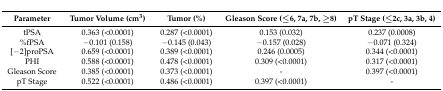
| Parameter | Tumor Volume (cm3) | Tumor (%) | Gleason Score (≤6, 7a, 7b, ≥8) | pT Stage (≤2c, 3a, 3b, 4) |
 | --- | --- | --- | --- | --- |
 | tPSA | 0.363 (<0.0001) | 0.287 (<0.0001) | 0.153 (0.032) | 0.237 (0.0008) |
 | %fPSA | −0.101 (0.158) | −0.145 (0.043) | −0.157 (0.028) | −0.071 (0.324) |
 | [−2]proPSA | 0.659 (<0.0001) | 0.389 (<0.0001) | 0.246 (0.0005) | 0.344 (<0.0001) |
 | PHI | 0.588 (<0.0001) | 0.478 (<0.0001) | 0.309 (<0.0001) | 0.317 (<0.0001) |
 | Gleason Score | 0.385 (<0.0001) | 0.373 (<0.0001) | - | 0.397 (<0.0001) |
 | pT Stage | 0.522 (<0.0001) | 0.486 (<0.0001) | 0.397 (<0.0001) | - |